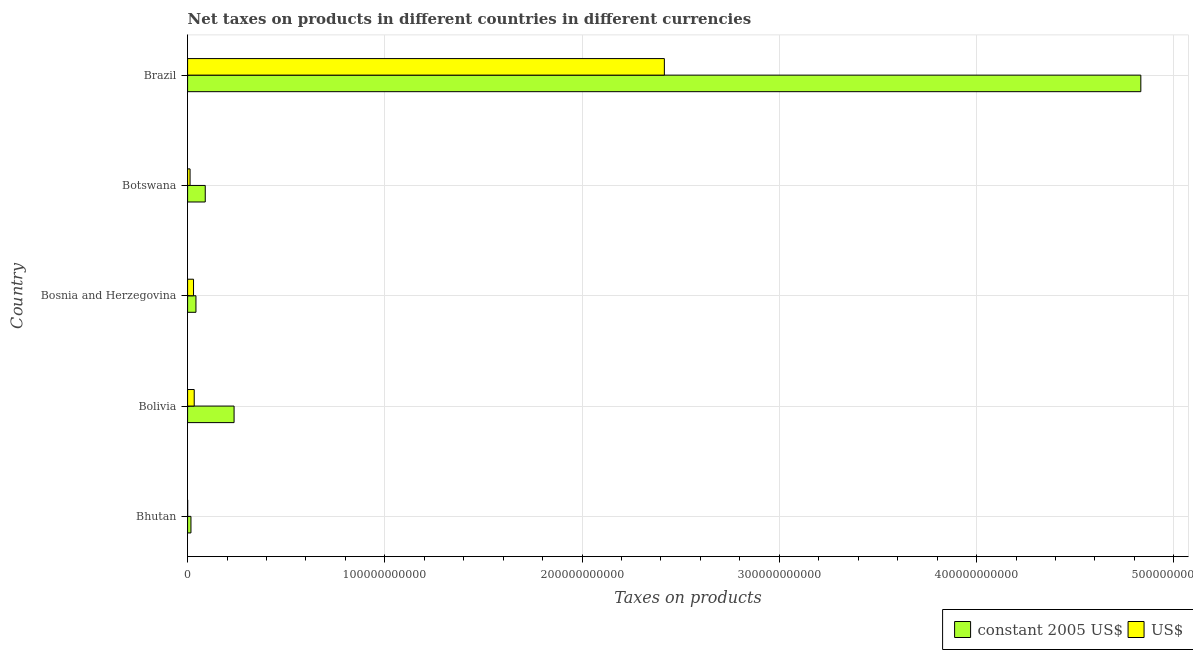
| Country | constant 2005 US$ | US$ |
 | --- | --- | --- |
 | Bhutan | 1.7e+09 | 3.52e+07 |
 | Bolivia | 2.36e+10 | 3.36e+09 |
 | Bosnia and Herzegovina | 4.24e+09 | 3.01e+09 |
 | Botswana | 8.95e+09 | 1.25e+09 |
 | Brazil | 4.83e+11 | 2.42e+11 |